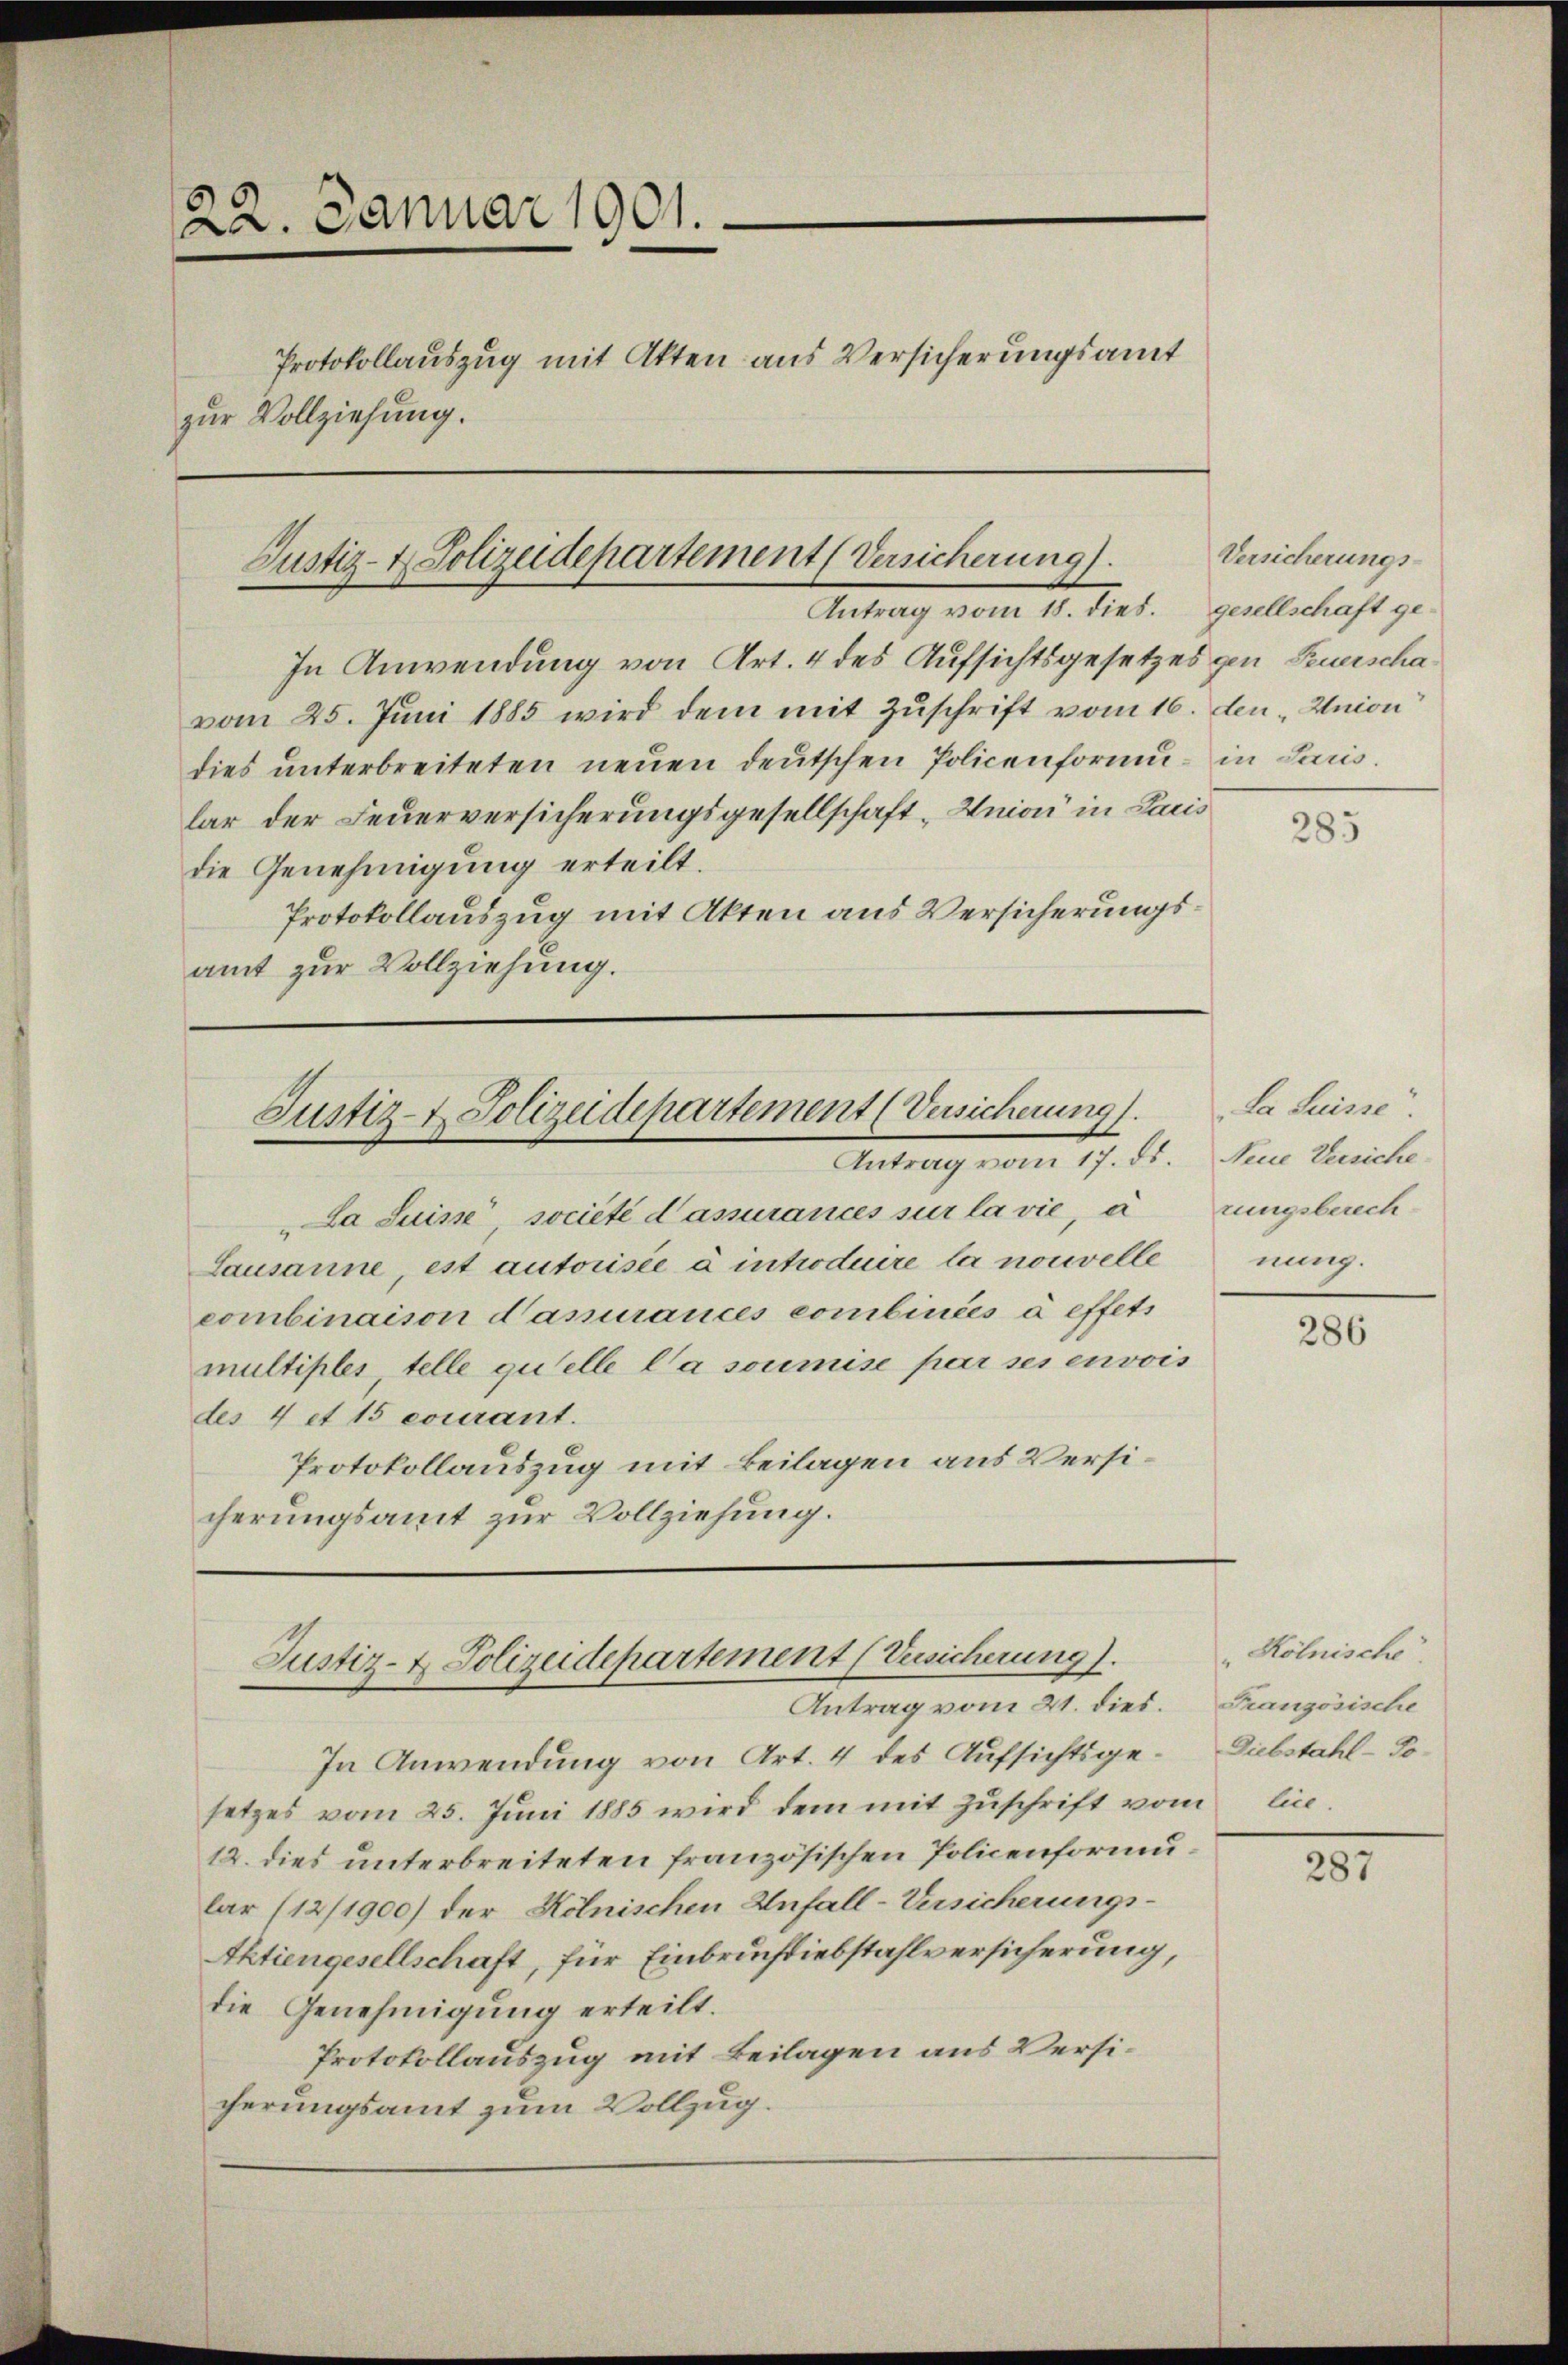
.
22. Januar 1901.
Protokollauszug mit Atten aus Versicherungsamt
zur Vollziehung.

Justiz- & Polizeidepartement (Versicherung).
Antrag vom 18. dies. gesellschaft ge¬

In Anwendung von Art. 4 des Aufsichtsgesetzes gen Feuerschavom 25. Juni 1885 wird dem mit Zuschrift vom 16. den Union
dies ŭnterbreiteten neŭen deŭtschen Policenformŭ- in Paris.
lar der Feuerversicherungsgesellschaft Union in Lauis
die Genehmigung erteilt.
Protokollauszug mit Akten aus Versicherungsamt zur Vollziehung.

Justiz- & Polizeidepartement (Versicherung).
Antrag vom 17. ds.

Justiz- & Polizeidepartement (Versicherung).
Antrag vom 21. dies.

La Suisse, societé d’assurances sur la vie, a
Lausanne, est autorisée à introduire la nouvelle
combinaison dasurances combinées à effets
multiples, telle quelle la soumise par ses envois
des 4 et 15 courant.
Protokollauszug mit Beilagen aus Versicherungsamt zur Vollziehung.

In Anwendung von Art. 4 des Aufsichtsgesetzes vom 25. Juni 1885 wird dem mit Zuschrift vom lie¬
12. dies unterbreiteten französischen Policenformular (12/1900) der Kölnischen Unfall-Versicherungs-
Aktiengesellschaft, für Einbruchtiebstahlversicherung,
die Genehmigung erteilt.
Protokollauszug mit Beilagen aus Versicherungsamt zum Vollzug.

Versicherungs-

285

La Suisse.
Neue Versiche
rungsberechnung.

286

Kölnische.
Französische
Diebstahl-Po-

287